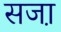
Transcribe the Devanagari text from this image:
सजा़